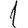
Digit: 1